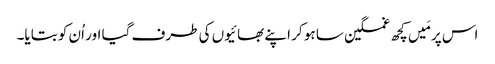
اس پر مَیں کچھ غمگین سا ہو کر اپنے بھائیوں کی طرف گیا اور اُن کو بتایا۔